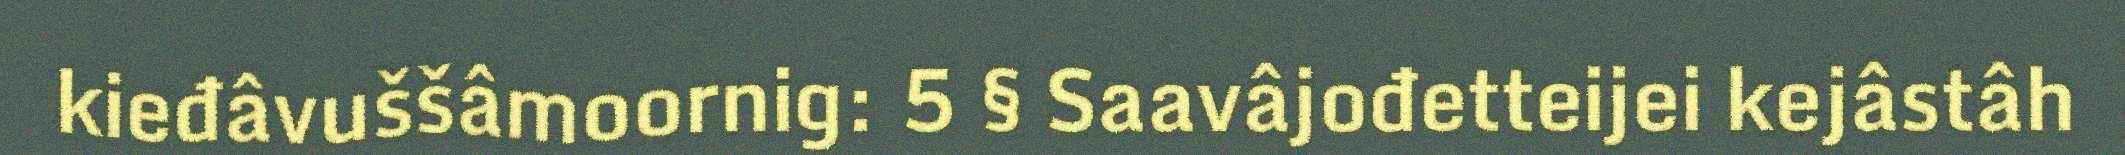
kieđâvuššâmoornig: 5 § Saavâjođetteijei kejâstâh